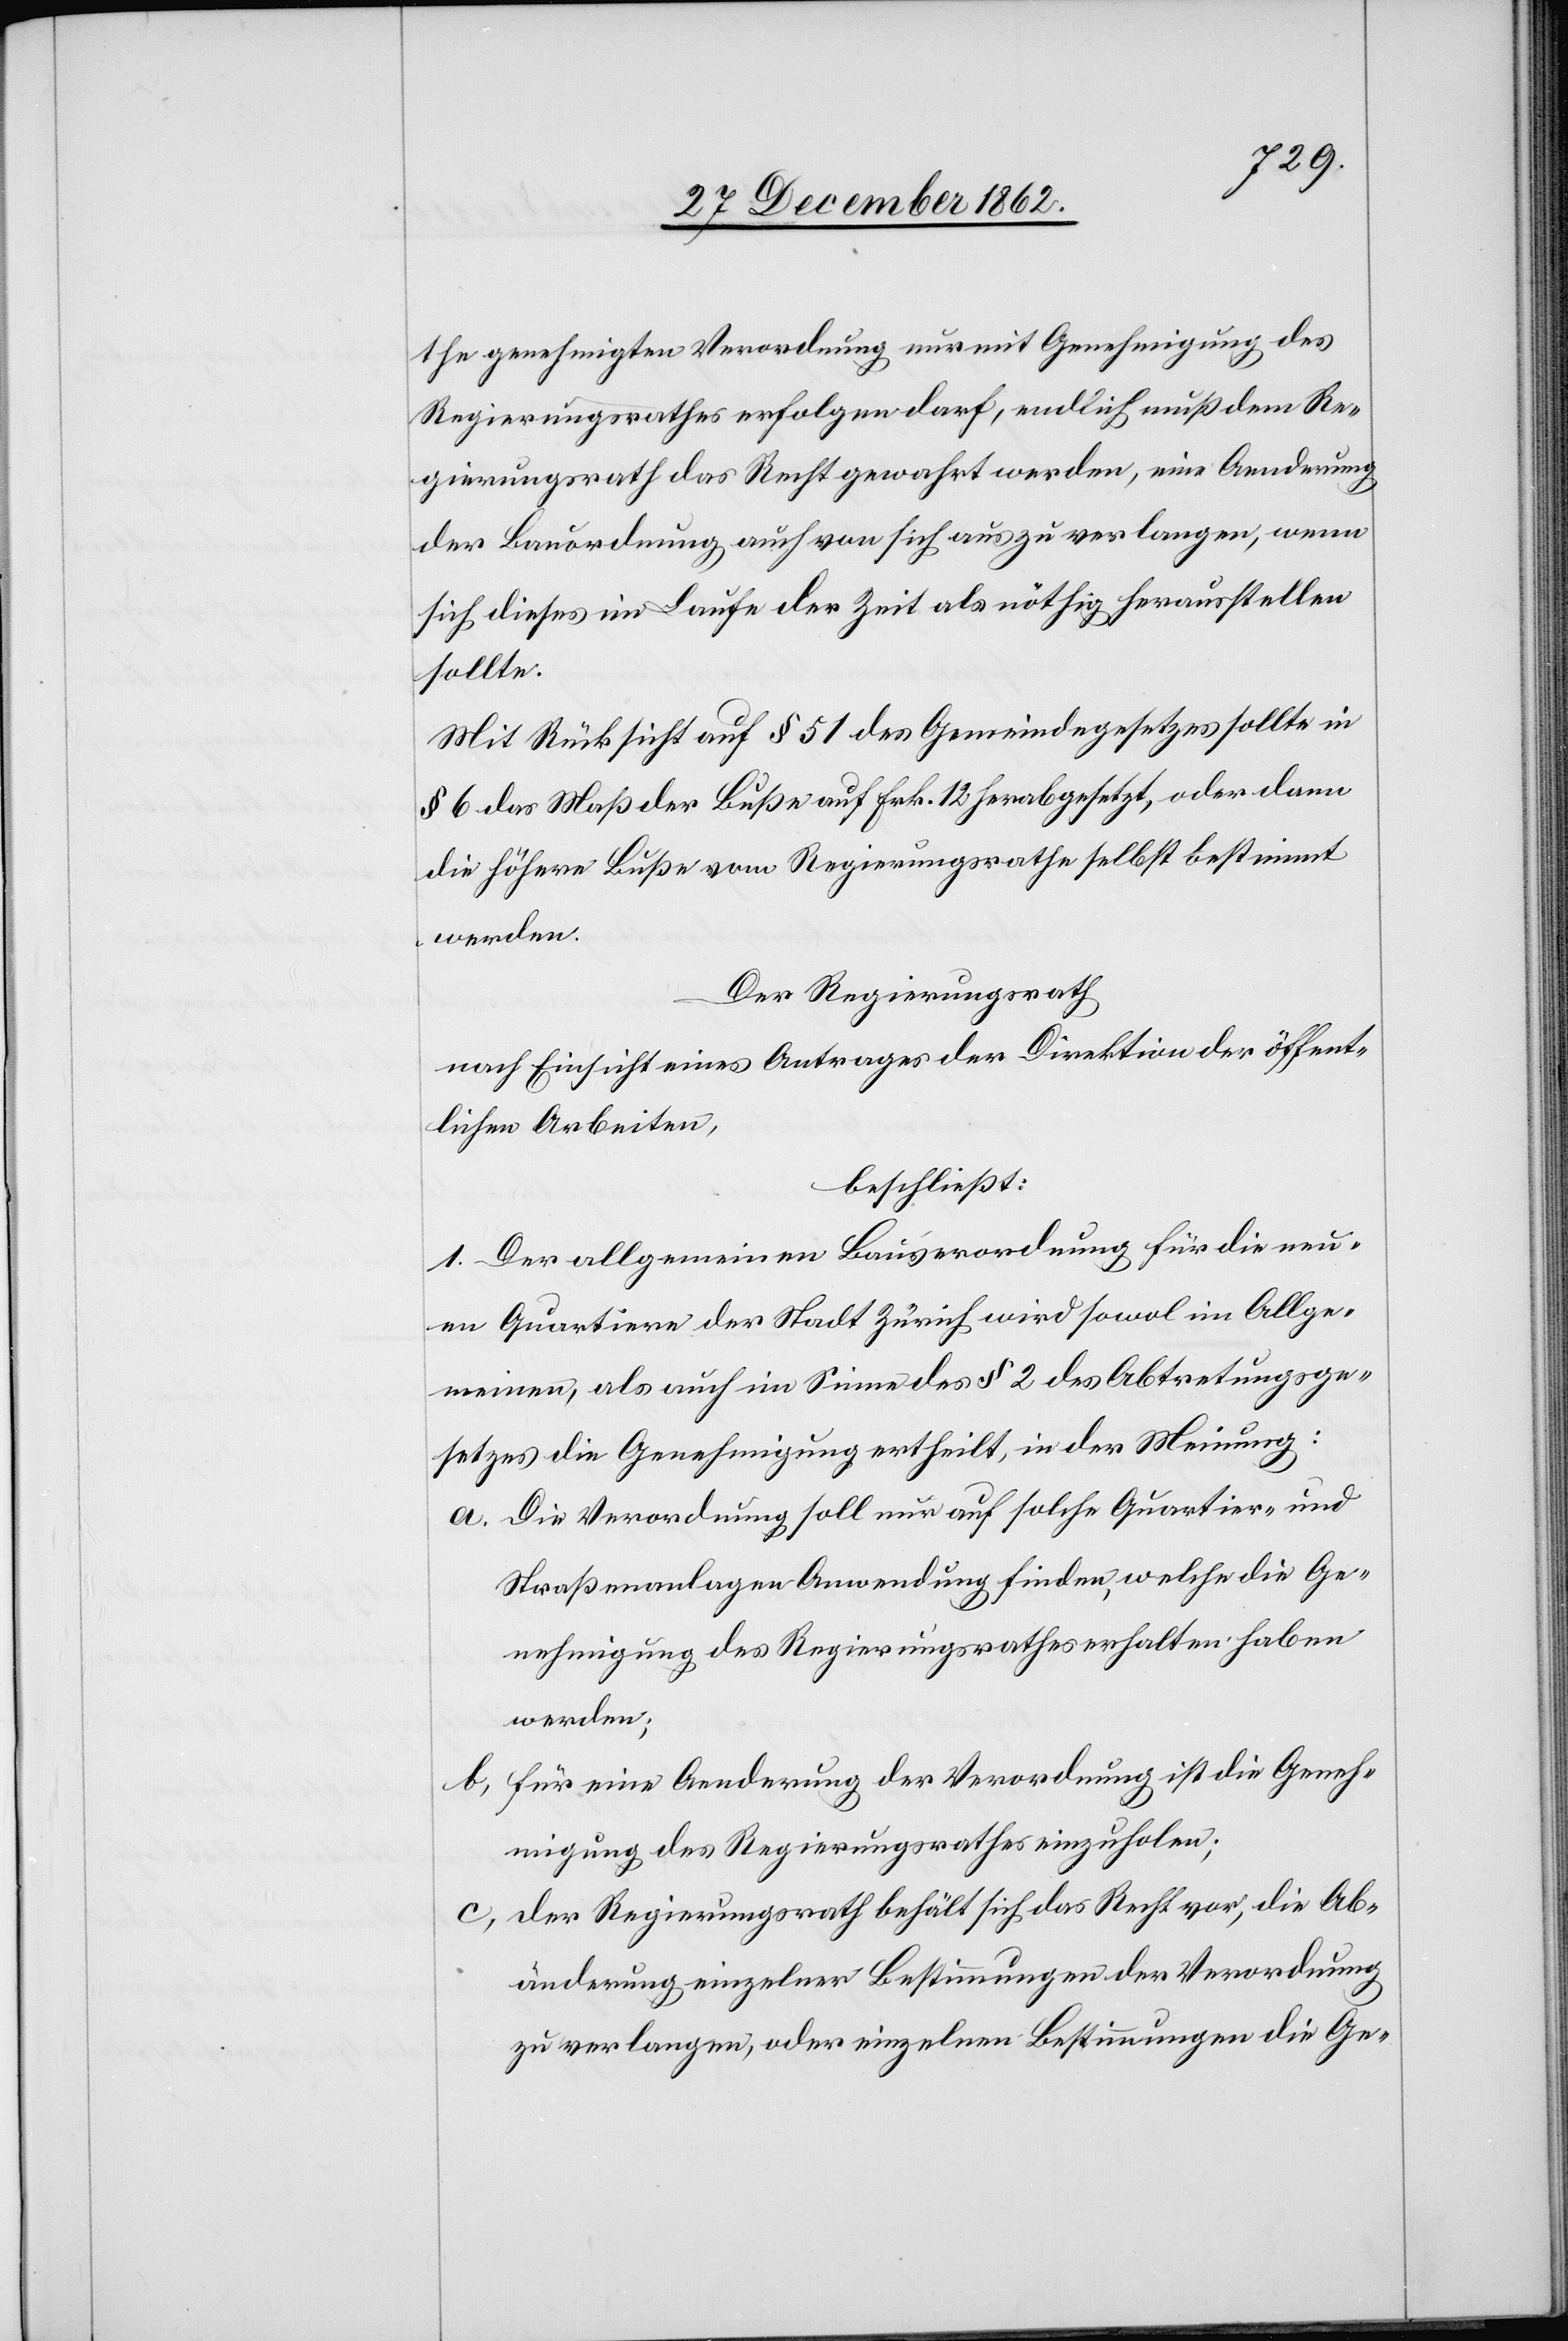
the genehmigten Verordnung nur mit Genehmigung des
Regierungsrathes erfolgen darf, endlich muß dem Re¬
gierungsrath das Recht gewahrt werden, eine Aenderung
der Bauordnung auch von sich aus zu verlangen, wenn
sich dieses im Laufe der Zeit als nöthig herausstellen
sollte.
Mit Rücksicht auf § 51 des Gemeindegesetzes sollte in
§ 6 das Maß der Buße auf Frk. 12 herabgesetzt, oder dann
die höhere Buße vom Regierungsrathe selbst bestimmt
werden.
Der Regierungsrath
nach Einsicht eines Antrages der Direktion der öffent¬
lichen Arbeiten,
beschließt:
1. Der allgemeinen Bauverordnung für die neu¬
en Quartiere der Stadt Zürich wird sowol im Allge¬
meinen, als auch im Sinne des § 2 des Abtretungsge¬
setzes die Genehmigung ertheilt, in der Meinung:
a. Die Verordnung soll nur auf solche Quartier- und
Straßenanlagen Anwendung finden, welche die Ge¬
nehmigung des Regierungsrathes erhalten haben
werden;
für eine Aenderung der Verordnung ist die Geneh¬
b.
migung des Regierungsrathes einzuholen;
c. der Regierungsrath behält sich das Recht vor, die Ab¬
änderung einzelner Bestimmungen der Verordnung
zu verlangen, oder einzelnen Bestimmungen die Ge-